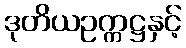
ဒုတိယဥက္ကဋ္ဌနှင့်